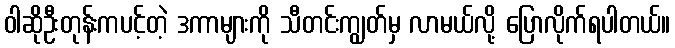
ဝါဆိုဦးတုန်းကပင့်တဲ့ ဒကာများကို သီတင်းကျွတ်မှ လာမယ်လို့ ပြောလိုက်ရပါတယ်။